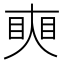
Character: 𥇛